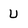
Character: U